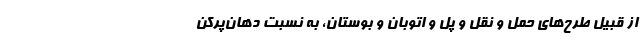
از قبیل طرح‌های حمل و نقل و پل و اتوبان و بوستان، به نسبت دهان‌پرکن